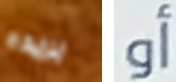
بريده أو